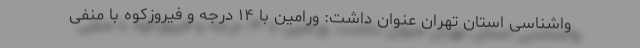
واشناسی استان تهران عنوان داشت: ورامین با ۱۴ درجه و فیروزکوه با منفی